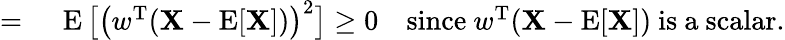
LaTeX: \begin{array}{rl}{={}}&{{}\operatorname{E}{\big[}{\big(}w^{\mathrm{{T}}}(\mathbf{X}-\operatorname{E}[\mathbf{X}]){\big)}^{2}{\big]}\geq 0\quad{\mathrm{since~}}w^{\mathrm{{T}}}(\mathbf{X}-\operatorname{E}[\mathbf{X}]){\mathrm{~is~a~scalar}}.}\end{array}